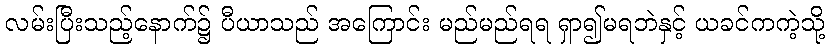
လမ်းပြီးသည့်နောက်၌ ပီယာသည် အကြောင်း မည်မည်ရရ ရှာ၍မရဘဲနှင့် ယခင်ကကဲ့သို့